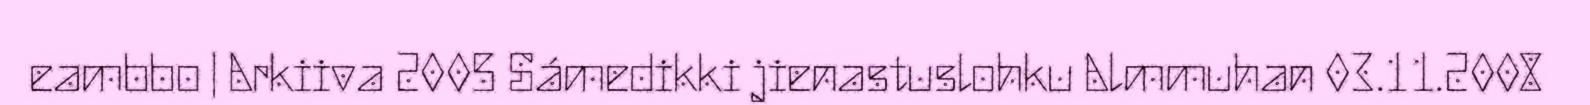
eambbo | Arkiiva 2005 Sámedikki jienastuslohku Almmuhan 03.11.2008